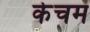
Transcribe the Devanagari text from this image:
केचम